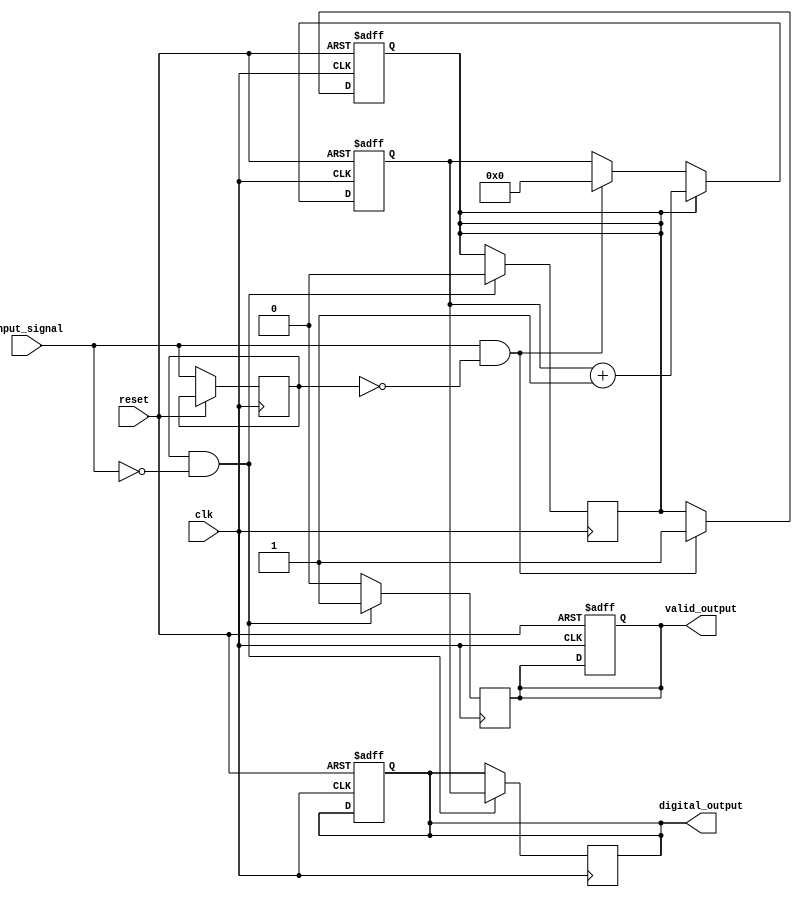
module tdc (
    input wire clk,                   // Reference clock
    input wire reset,                 // Reset signal
    input wire input_signal,          // Analog input signal (digital for this implementation)
    output reg [15:0] digital_output, // Digital output of the TDC
    output reg valid_output            // Signal indicating valid output
);

    reg [15:0] counter;               // Counter to measure time intervals
    reg input_signal_prev;            // Previous state of the input signal
    reg measuring;                    // Flag to indicate if measuring is active

    // Reset or initialize the counter and output
    always @(posedge clk or posedge reset) begin
        if (reset) begin
            counter <= 16'b0;
            digital_output <= 16'b0;
            valid_output <= 1'b0;
            measuring <= 1'b0;
        end else begin
            // Sample the input signal and detect a rising edge
            if (input_signal && !input_signal_prev) begin
                // Start measuring
                measuring <= 1'b1;
                counter <= 16'b0; // Reset counter on event detection
            end
            
            // Increment the counter if measuring
            if (measuring) begin
                counter <= counter + 1'b1;
            end
            
            input_signal_prev <= input_signal; // Update previous state
        end
    end

    // Capture counter value on the falling edge of the input signal
    always @(posedge clk) begin
        if (input_signal_prev && !input_signal) begin
            digital_output <= counter; // Capture the counter value
            valid_output <= 1'b1;      // Indicate valid output
            measuring <= 1'b0;         // Stop measuring
        end else begin
            valid_output <= 1'b0;      // Clear valid signal if not valid
        end
    end

endmodule